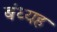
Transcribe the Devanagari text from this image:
बंध्यह